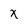
Character: x